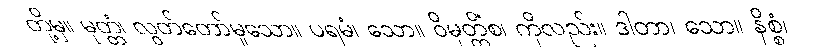
တို့မှ။ မုတ္တံ၊ လွတ်တော်မူသော။ ပရမံ၊ သော။ ဝိမုတ္တိံစ၊ ကိုလည်း။ ဒါတာ၊ သော။ နိစ္စံ၊